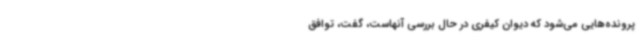
پرونده‌هایی می‌شود که دیوان کیفری در حال بررسی آنهاست، گفت، توافق